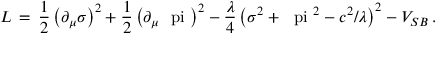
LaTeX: { \cal L } \, = \, \frac { 1 } { 2 } \left( \partial _ { \mu } \sigma \right) ^ { 2 } + \frac { 1 } { 2 } \left( \partial _ { \mu } \mathrm { \boldmath ~ \ p i ~ } \right) ^ { 2 } - \frac { \lambda } { 4 } \left( \sigma ^ { 2 } + \mathrm { \boldmath ~ \ p i ~ } ^ { 2 } - c ^ { 2 } / \lambda \right) ^ { 2 } - V _ { S B } \, .